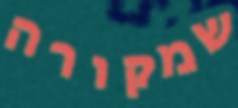
שמקורה